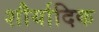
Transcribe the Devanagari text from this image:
शौर्यादिक